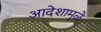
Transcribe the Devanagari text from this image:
आदेशामुळे